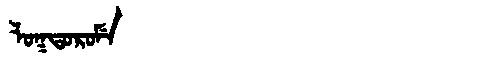
Manchu: ᠯᠣᡴᡨᠣᡵᠣᠮᡝ
Romanization: LOKTOROME